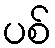
ပစ်